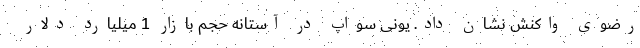
رضوی واکنش نشان داد. یونی سواپ در آستانه حجم بازار 1 میلیارد دلار